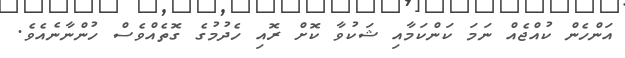
އަންހެން ކުއްޖެއް ނަމަ ކަންކަމާއި ޝަކުވާ ކޮށް ރޮއި ހެދުމުގެ ގޮތެއްވެސް ހުންނާނެއެވެ.